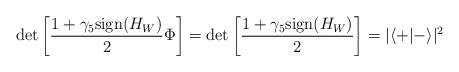
LaTeX: \begin{align*}\det \left [ \frac{1+\gamma_5{\rm sign}{(H_W)}}{2} \Phi \right]=\det \left [ \frac{1+\gamma_5{\rm sign}{(H_W)}}{2} \right]=|\langle + | -\rangle|^2\end{align*}